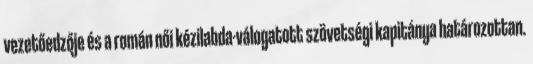
vezetőedzője és a román női kézilabda-válogatott szövetségi kapitánya határozottan.